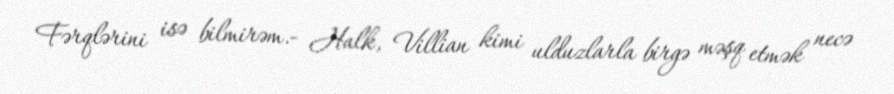
Fərqlərini isə bilmirəm.- Halk, Villian kimi ulduzlarla birgə məşq etmək necə